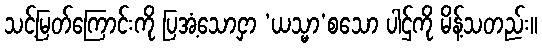
သင့်မြတ်ကြောင်းကို ပြအံ့သောငှာ ‘ယသ္မာ’စသော ပါဌ်ကို မိန့်သတည်း။